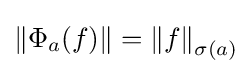
\left\|\Phi _{a}(f)\right\|=\left\|f\right\|_{\sigma (a)}